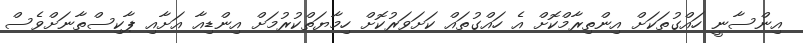
އިންސާނީ ހައްގުތަކަށް އިންތިރާމްކޮށް އެ ހައްގުތައް ކަށަވަރުކޮށް ހިމާޔަތްކުރުމަށް އިންޑިއާ އަށާއި ޕާކިސްތާނަށްވެސް